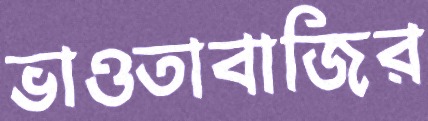
ভাওতাবাজির